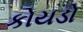
કોયડો